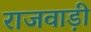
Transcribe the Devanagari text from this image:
राजवाड़ी